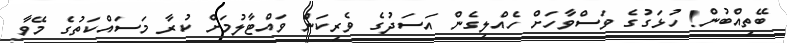
ބޭތިއްބުން! ހުޅަގުގެ ވަސްވާހަށް ހެއްލިގެން އަސަދުގެ ވެރިކަން ވައްޓާލުމަށް ކުރާ މަސައްކަތުގެ މޭވާ